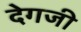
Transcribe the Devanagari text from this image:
देगजी